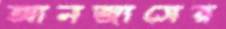
আনজাসের